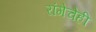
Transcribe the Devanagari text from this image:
रांगेचेही